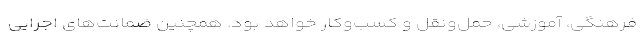
فرهنگی، آموزشی، حمل‌ونقل و کسب‌وکار خواهد بود. همچنین ضمانت‌های اجرایی